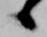
候